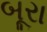
બૂરા